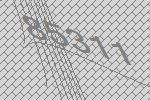
85311